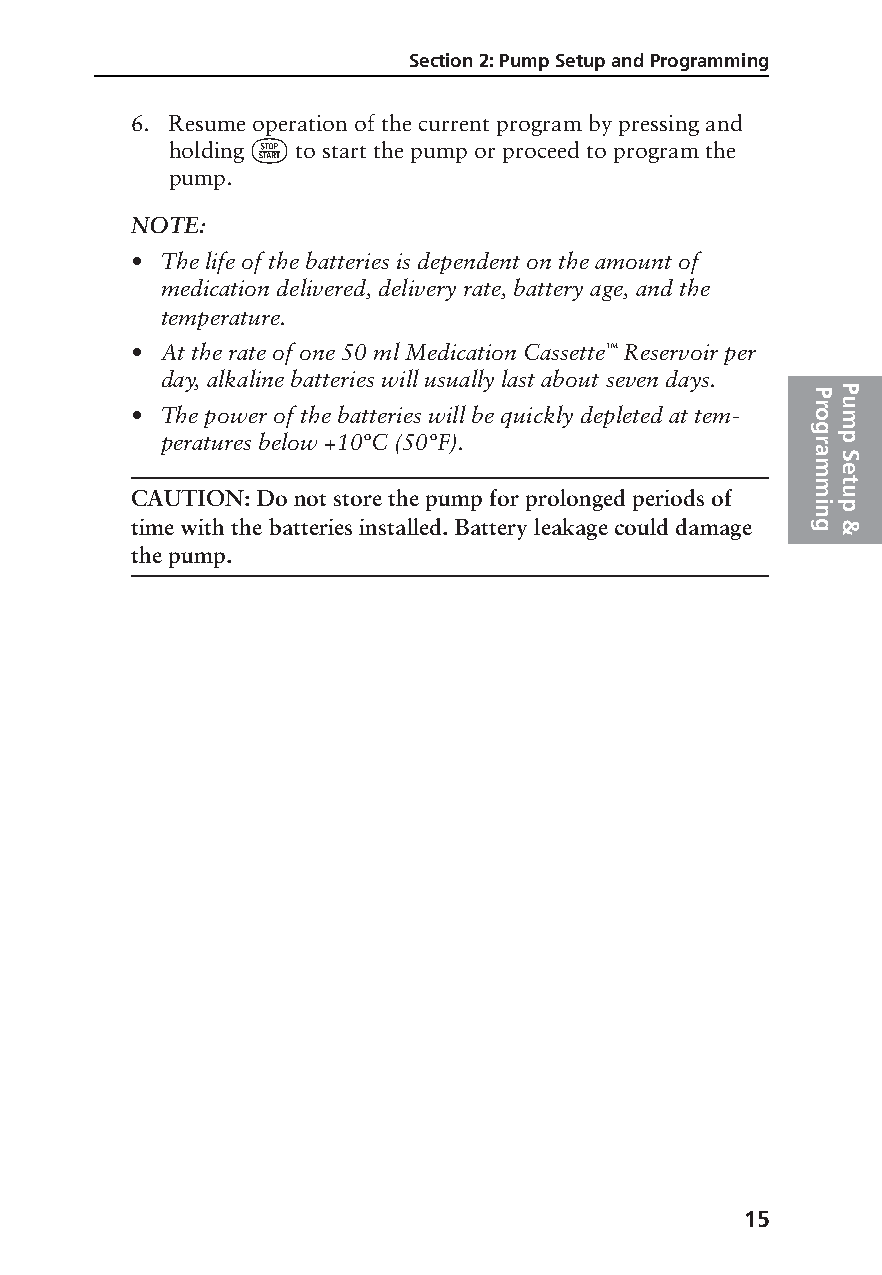
Section 2: Pump Setup and Programming
 6. Resume operation of the current program by pressing and
 ⁄
 holding  to start the pump or proceed to program the
 pump.
 NOTE:
 • The life of the batteries is dependent on the amount of
 medication delivered, delivery rate, battery age, and the
 temperature.
 • At the rate of one 50 ml Medication Cassette™ Reservoir per
 day, alkaline batteries will usually last about seven days.
 PP
 ru
 • The power of the batteries will be quickly depleted at tem- om
 g
 peratures below +10°C (50°F).              rp
 a S
 me
 mt
 CAUTION: Do not store the pump for prolonged periods of u
 i np
 time with the batteries installed. Battery leakage could damage g &
 the pump.
 15
 PROOF (LR #3086), 2000-03-16 «3935-51D Manual, Legacy 1»